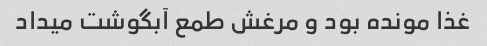
غذا مونده بود و مرغش طمع آبگوشت میداد